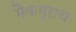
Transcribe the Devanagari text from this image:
मैकग्राथ